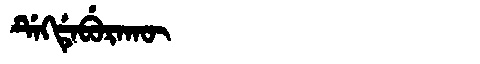
Manchu: ᡩᡝᡴᡩᡝᠪᡠᡵᠠᡴᡡ
Romanization: DEKDEBURAKŪ